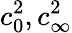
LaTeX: c_{0}^{2},c_{\infty}^{2}